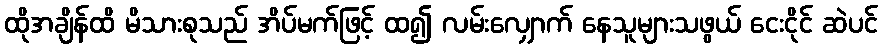
ထိုအချိန်ထိ မိသားစုသည် အိပ်မက်ဖြင့် ထ၍ လမ်းလျှောက် နေသူများသဖွယ် ငေးငိုင် ဆဲပင်